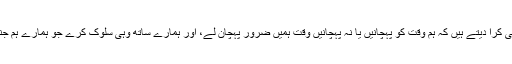
نہیں پہچانے تو ہم اس کی یقین دہانی کرا دیتے ہیں کہ ہم وقت کو پہچانیں یا نہ پہچانیں وقت ہمیں ضرور پہچان لے، اور ہمارے ساتھ وہی سلوک کرے جو ہمارے ہم جنسوں نے ہمارے لئے طے کیا ہے۔